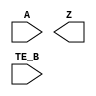
module sky130_fd_sc_hs__ebufn (
    //# {{data|Data Signals}}
    input  A   ,
    output Z   ,

    //# {{control|Control Signals}}
    input  TE_B
);

    // Voltage supply signals
    supply1 VPWR;
    supply0 VGND;

endmodule